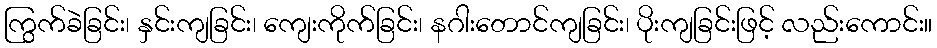
ကြွက်ခဲခြင်း၊ နှင်းကျခြင်း၊ ကျေးကိုက်ခြင်း၊ နဂါးတောင်ကျခြင်း၊ ပိုးကျခြင်းဖြင့် လည်းကောင်း။